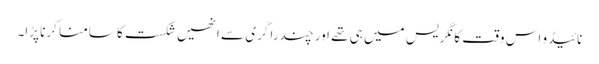
نائیڈو اس وقت کانگریس میں ہی تھے اور چندرا گری سے انھیں شکست کا سامنا کرنا پڑا۔